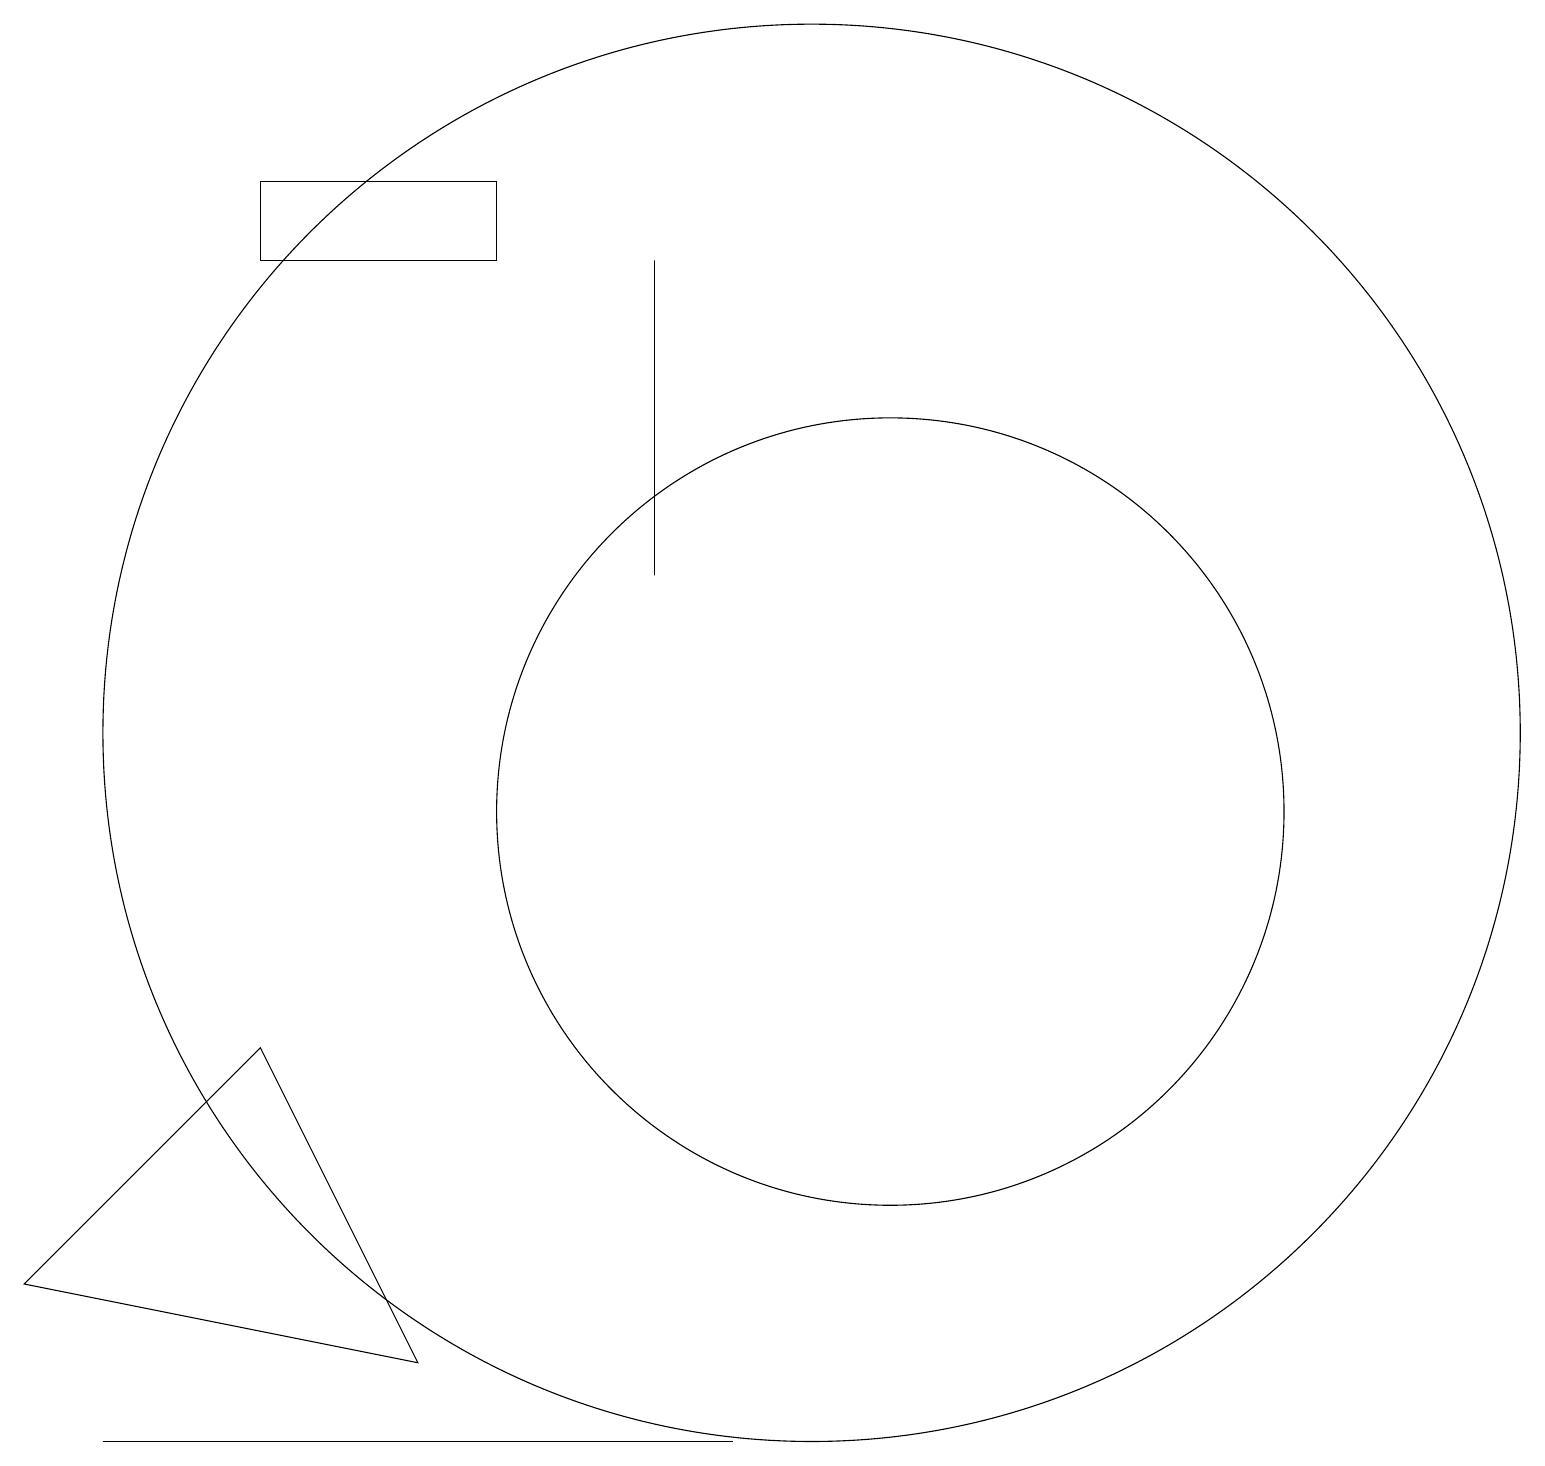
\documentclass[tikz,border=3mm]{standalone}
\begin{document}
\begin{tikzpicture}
\draw (10,11) circle (9);
\draw (11,10) circle (5);
\draw (0,4) -- (3,7) -- (5,3) -- cycle;
\draw (8,17) rectangle (8,13);
\draw (9,2) -- (1,2) -- (6,2) -- cycle;
\draw (10,12) circle (0);
\draw (6,18) rectangle (3,17);
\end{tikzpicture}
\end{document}